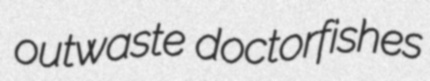
outwaste doctorfishes